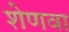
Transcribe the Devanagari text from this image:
शेणवा